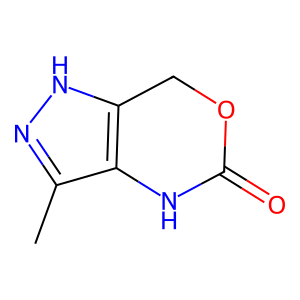
SMILES: Cc1n[nH]c2c1NC(=O)OC2
Inhibits HIV replication: No